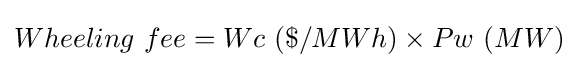
Wheeling\ fee=Wc\ (\$/MWh)\times Pw\ (MW)